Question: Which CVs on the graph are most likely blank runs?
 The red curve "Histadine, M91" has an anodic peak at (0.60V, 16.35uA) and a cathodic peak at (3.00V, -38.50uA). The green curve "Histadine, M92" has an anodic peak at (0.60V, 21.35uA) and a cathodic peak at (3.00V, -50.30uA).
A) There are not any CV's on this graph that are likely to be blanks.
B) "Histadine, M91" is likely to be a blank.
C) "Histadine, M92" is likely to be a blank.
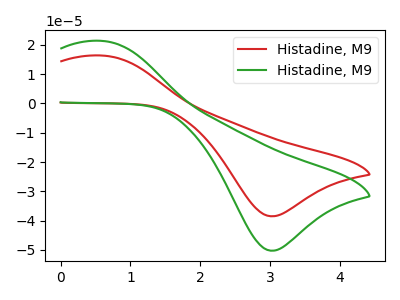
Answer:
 <answer>A) There are not any CV's on this graph that are likely to be blanks.</answer>
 <eval>A</eval>